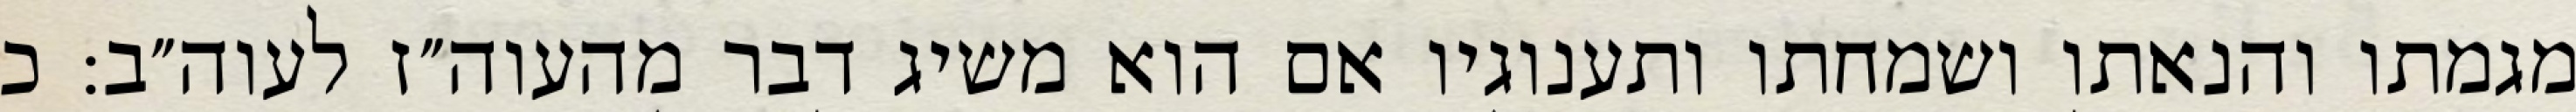
מגמתו והנאתו ושמחתו ותענוגיו אם הוא משיג דבר מהעוה״ז לעוה״ב: כ